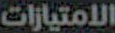
الامتيازات